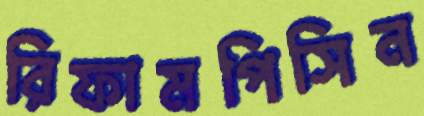
রিফামপিসিন